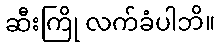
ဆီးကြို လက်ခံပါဘိ။